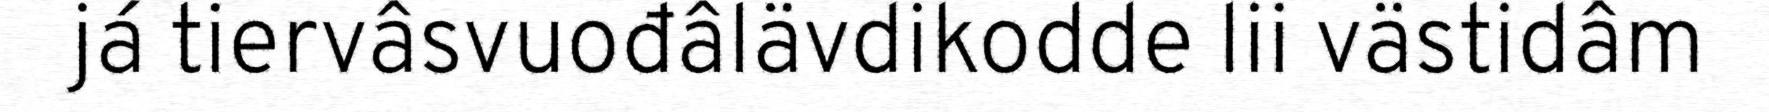
já tiervâsvuođâlävdikodde lii västidâm